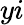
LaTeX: yi